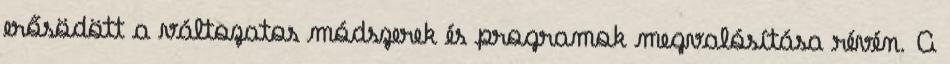
erősödött a változatos módszerek és programok megvalósítása révén. A